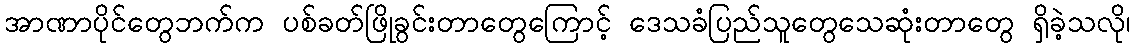
အာဏာပိုင်တွေဘက်က ပစ်ခတ်ဖြိုခွင်းတာတွေကြောင့် ဒေသခံပြည်သူတွေသေဆုံးတာတွေ ရှိခဲ့သလို၊